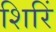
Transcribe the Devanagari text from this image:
शिरिं